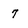
Character: 7